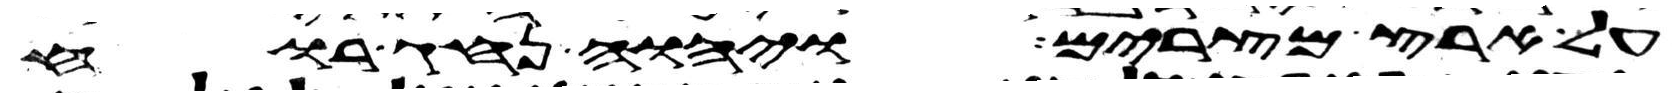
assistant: על ארץ מצרים ויהוה נהג רוח